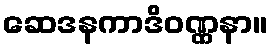
ဆေဒနကာဒိဝဏ္ဏနာ။